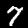
Digit: 7